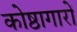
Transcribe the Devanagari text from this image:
कोष्ठागारों